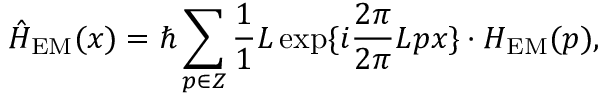
\hat { \cal H } _ { \mathrm { E M } } ( x ) = \hbar \sum _ { p \in \cal Z } \frac { 1 } { 1 } { L } \exp \{ i \frac { 2 \pi } { 2 \pi } { L } p x \} \cdot { \cal H } _ { \mathrm { E M } } ( p ) ,